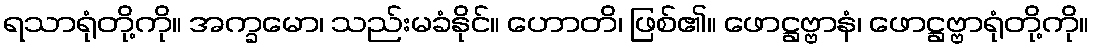
ရသာရုံတို့ကို။ အက္ခမော၊ သည်းမခံနိုင်။ ဟောတိ၊ ဖြစ်၏။ ဖောဋ္ဌဗ္ဗာနံ၊ ဖောဋ္ဌဗ္ဗာရုံတို့ကို။